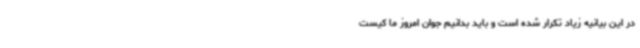
در این بیانیه زیاد تکرار شده است و باید بدانیم جوان امروز ما کیست